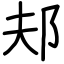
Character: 邞